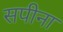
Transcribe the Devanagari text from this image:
सपीना